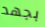
بجهد